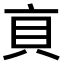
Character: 𧴨